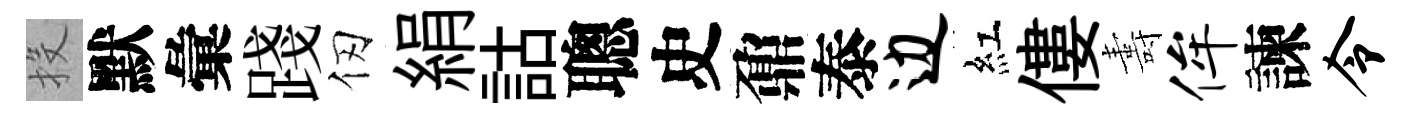
投默彙踐仞絹詁聰史鼐泰边紅僂夀侔諫令